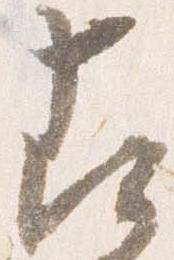
占